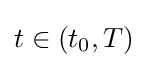
t\in (t_{0},T)